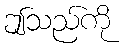
ဤသည်ကို